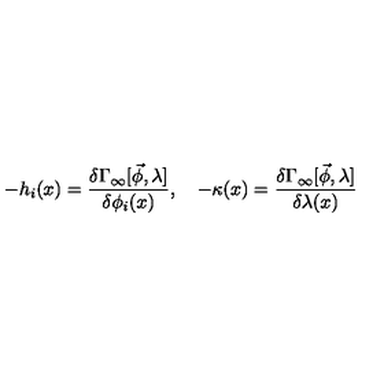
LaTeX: - h _ { i } ( x ) = \frac { \delta \Gamma _ { \infty } [ \vec { \phi } , \lambda ] } { \delta \phi _ { i } ( x ) } , \quad - \kappa ( x ) = \frac { \delta \Gamma _ { \infty } [ \vec { \phi } , \lambda ] } { \delta \lambda ( x ) }